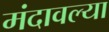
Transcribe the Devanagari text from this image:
मंदावल्या